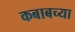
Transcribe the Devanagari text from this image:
कबाबच्या